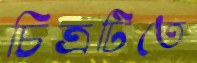
চিত্রটিতে